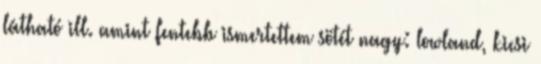
látható ill. amint fentebb ismertettem sötét nagy: lowland, kicsi